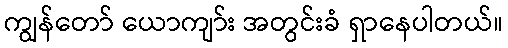
ကျွန်တော် ယောကျာ်း အတွင်းခံ ရှာနေပါတယ်။